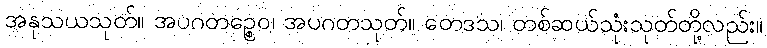
အနုသယသုတ်။ အပဂတဉ္စေဝ၊ အပဂတသုတ်။ တေဒသ၊ တစ်ဆယ်သုံးသုတ်တို့လည်း။